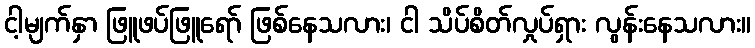
ငါ့မျက်နှာ ဖြူဖပ်ဖြူရော် ဖြစ်နေသလား၊ ငါ သိပ်စိတ်လှုပ်ရှား လွန်းနေသလား။